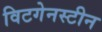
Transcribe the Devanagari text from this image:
विटगेनस्टीन